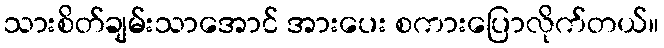
သားစိတ်ချမ်းသာအောင် အားပေး စကားပြောလိုက်တယ်။